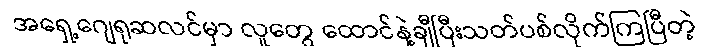
အရှေ့ဂျေရုဆလင်မှာ လူတွေ ထောင်နဲ့ချီပြီးသတ်ပစ်လိုက်ကြပြီတဲ့